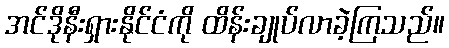
အင်ဒိုနီးရှားနိုင်ငံကို ထိန်းချုပ်လာခဲ့ကြသည်။